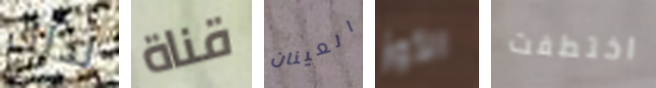
لذلك قناة العينان الأوز اختطفت